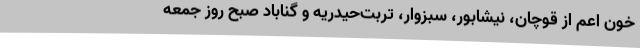
خون اعم ‌از قوچان، نیشابور، سبزوار، تربت‌حیدریه و گناباد صبح روز جمعه